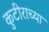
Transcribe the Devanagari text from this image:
कुटीराच्या